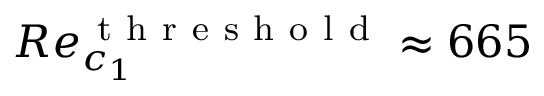
R e _ { c _ { 1 } } ^ { \mathrm { ~ t ~ h ~ r ~ e ~ s ~ h ~ o ~ l ~ d ~ } } \approx 6 6 5